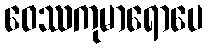
ဝေဿကုမာရောပေ